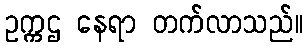
ဥက္ကဌ နေရာ တက်လာသည်။